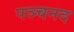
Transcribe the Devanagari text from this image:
पञ्चनद